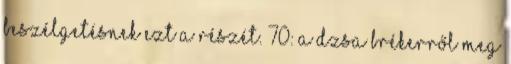
beszélgetésnek ezt a részét. 70: A dzsa brékerről meg